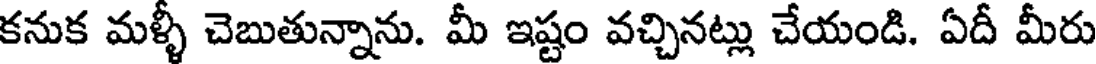
కనుక మళ్ళీ చెబుతున్నాను. మీ ఇష్టం వచ్చినట్లు చేయండి. ఏదీ మీరు